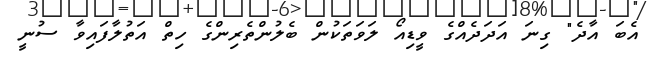
އެބަ އާދެ" ގިނަ އަދަދެއްގެ ވީޑިއޯ ލަވަތަކުން ބެލުންތެރިންގެ ހިތް އަތުލާފައިވާ ސުނީ